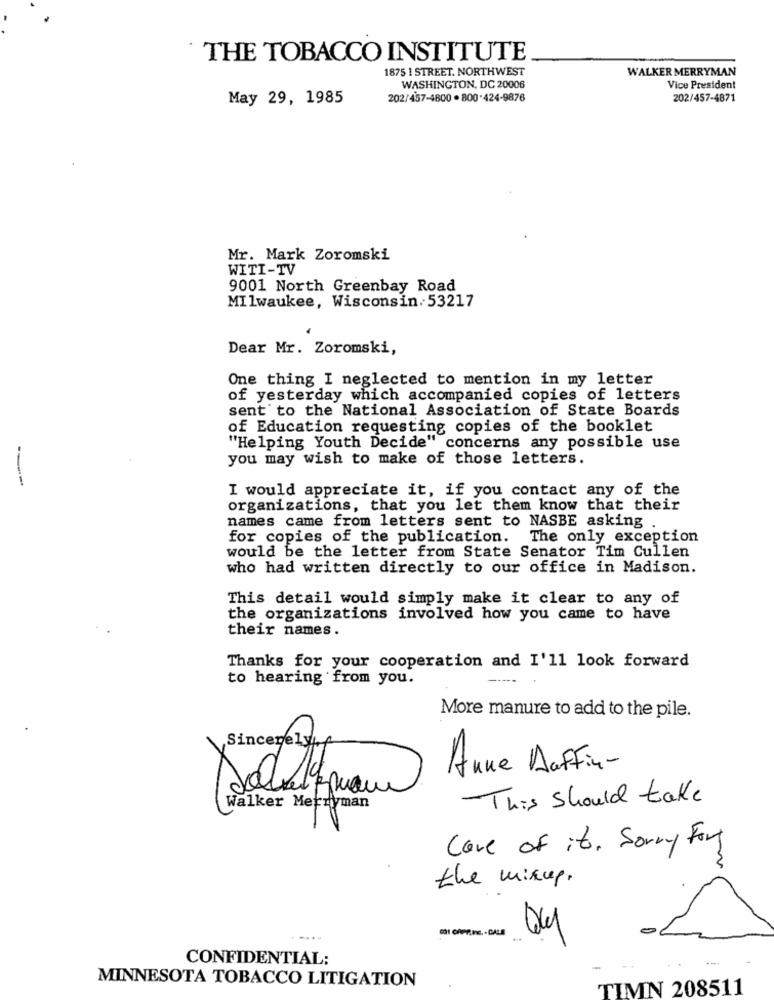
THE TOBACCO INSTITUTE
1875 1 STREET. NORTHWEST
WALKER MERRYMAN
WASHINGTON, DC 20006
Vice President
May 29, 1985
202/457-4800 . 800-424-9876
202/457-4871
Mr. Mark Zoromski
WITI-TV
9001 North Greenbay Road
Milwaukee, Wisconsin. 53217
Dear Mr. Zoromski,
One thing I neglected to mention in my letter
of yesterday which accompanied copies of letters
sent to the National Association of State Boards
of Education requesting copies of the booklet
"Helping Youth Decide" co
" concerns any possible use
you may wish to make of those letters.
I would appreciate it, if you contact any of the
organizations, that you let them know that their
names came from letters sent to NASBE asking
for copies of the publication. The only exception
would be the letter from State Senator Tim Cullen
who had written directly to our office in Madison.
This detail would simply make it clear to any of
the organizations involved how you came to have
their names .
Thanks for your cooperation and I'll look forward
to hearing from you.
More manure to add to the pile.
Sincerelyof
Anne Duffin-
This should take
Walker Merryman
Cave of it. Sorry For
the mixup.
DI CAPRINE. - DALE
CONFIDENTIAL:
MINNESOTA TOBACCO LITIGATION
TIMN 208511